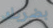
بضربك